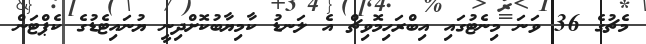
މެޗުގެ 36 ވަނަ މިނެޓުގައި އިބްރަހިމޮވިޗް އެ ލަނޑު ކާމިޔާބުކޮށްދިނީ ޔުނައިޓެޑުގެ ކެޕްޓަން